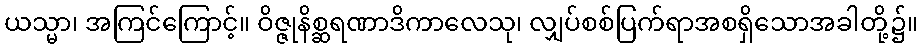
ယသ္မာ၊ အကြင်ကြောင့်။ ဝိဇ္ဇုနိစ္ဆရဏာဒိကာလေသု၊ လျှပ်စစ်ပြက်ရာအစရှိသောအခါတို့၌။